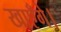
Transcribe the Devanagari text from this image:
खाएँगे।